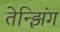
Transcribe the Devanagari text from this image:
तेन्झिंग